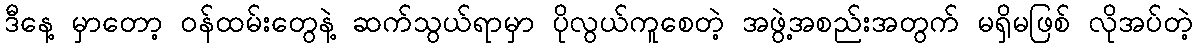
ဒီနေ့ မှာတော့ ဝန်ထမ်းတွေနဲ့ ဆက်သွယ်ရာမှာ ပိုလွယ်ကူစေတဲ့ အဖွဲ့အစည်းအတွက် မရှိမဖြစ် လိုအပ်တဲ့